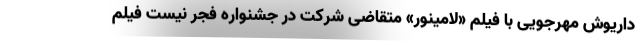
داریوش مهرجویی با فیلم «لامینور» متقاضی شرکت در جشنواره فجر نیست فیلم